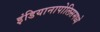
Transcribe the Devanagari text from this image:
इंडियानापोलिसमध्ये